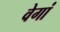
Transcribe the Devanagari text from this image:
वेगां